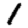
Digit: 1